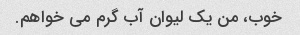
خوب، من یک لیوان آب گرم می خواهم.